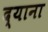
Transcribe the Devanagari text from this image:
द्याना